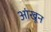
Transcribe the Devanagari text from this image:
आंखून